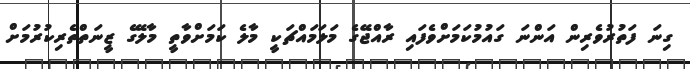
ގިނަ ފަތުރުވެރިން އަންނަ ގައުމުކަމަށްވެފައި ރާއްޖޭގެ މަލަމައްޗަކީ މާލެ ކަމަށްވާތީ މާލޭގެ ޒީނަތްތެރިކުރުމަށް